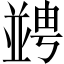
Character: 𠁔